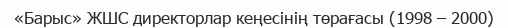
«Барыс» ЖШС директорлар кеңесінің төрағасы (1998 – 2000)